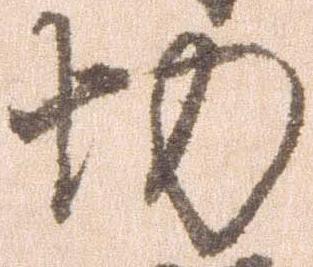
切